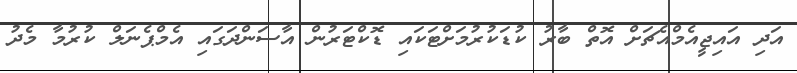
އަދި އައިޖީއެމްއެޗަށް އޮތް ބާރު ކުޑަކުރުމަށްޓަކައި ޑޮކްޓަރުން އާސަންދަގައި އެމްޕެނަލް ކުރުމާ މެދު